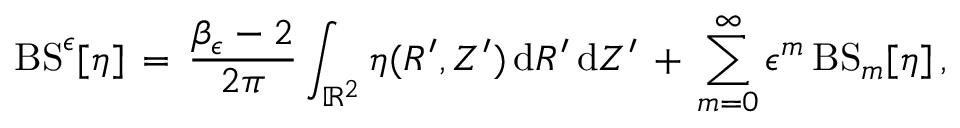
\mathrm { B S } ^ { \epsilon } [ \eta ] \, = \, \frac { \beta _ { \epsilon } - 2 } { 2 \pi } \int _ { \mathbb { R } ^ { 2 } } \eta ( R ^ { \prime } , Z ^ { \prime } ) \, \mathrm { d } R ^ { \prime } \, \mathrm { d } Z ^ { \prime } \, + \, \sum _ { m = 0 } ^ { \infty } \epsilon ^ { m } \, \mathrm { B S } _ { m } [ \eta ] \, ,